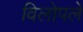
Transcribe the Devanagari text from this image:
विलोपले